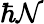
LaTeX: \hbar\mathcal{N}